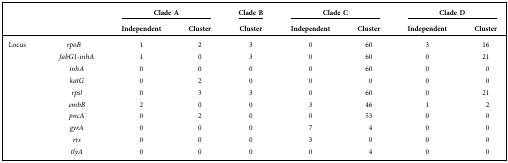
<table><thead><tr><td></td><td></td><td colspan="2"><b>Clade A</b></td><td><b>Clade B</b></td><td colspan="2"><b>Clade C</b></td><td colspan="2"><b>Clade D</b></td></tr><tr><td></td><td></td><td><b>Independent</b></td><td><b>Cluster</b></td><td><b>Cluster</b></td><td><b>Independent</b></td><td><b>Cluster</b></td><td><b>Independent</b></td><td><b>Cluster</b></td></tr></thead><tbody><tr><td rowspan="10">Locus</td><td><i>rpoB</i></td><td>1</td><td>2</td><td>3</td><td>0</td><td>60</td><td>3</td><td>16</td></tr><tr><td> <i>fabG1-inhA</i></td><td>1</td><td>0</td><td>3</td><td>0</td><td>60</td><td>0</td><td>21</td></tr><tr><td> <i>inhA</i></td><td>0</td><td>0</td><td>0</td><td>0</td><td>60</td><td>0</td><td>0</td></tr><tr><td> <i>katG</i></td><td>0</td><td>2</td><td>0</td><td>0</td><td>0</td><td>0</td><td>0</td></tr><tr><td> <i>rpsl</i></td><td>0</td><td>3</td><td>3</td><td>0</td><td>60</td><td>0</td><td>21</td></tr><tr><td> <i>embB</i></td><td>2</td><td>0</td><td>0</td><td>3</td><td>46</td><td>1</td><td>2</td></tr><tr><td> <i>pncA</i></td><td>0</td><td>2</td><td>0</td><td>0</td><td>53</td><td>0</td><td>0</td></tr><tr><td> <i>gyrA</i></td><td>0</td><td>0</td><td>0</td><td>7</td><td>4</td><td>0</td><td>0</td></tr><tr><td> <i>rrs</i></td><td>0</td><td>0</td><td>0</td><td>3</td><td>0</td><td>0</td><td>0</td></tr><tr><td> <i>tlyA</i></td><td>0</td><td>0</td><td>0</td><td>0</td><td>4</td><td>0</td><td>0</td></tr></tbody></table>